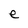
Character: e